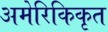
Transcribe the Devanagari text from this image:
अमेरिकिकृत